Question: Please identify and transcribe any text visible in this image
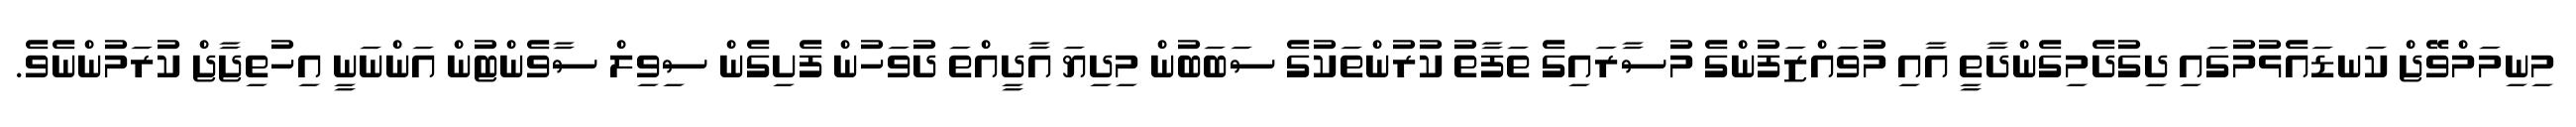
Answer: މިނިމަމްވޭޖް ކަނޑައެޅުމުގައި ދިގުދެމިގެންދާތީ އާއި މުވައްޒަފުންގެ މުސާރައިގެ ތަފާތު ކުރުންތަކުގެ ސަބަބުން މިދިޔަ އާދީއްތަ ދުވަހުން ފެށިގެން ސިވިލް ސާވެންޓުން އަންނަނީ އިހުތިޖާޖް ކުރަމުންނެވެ.